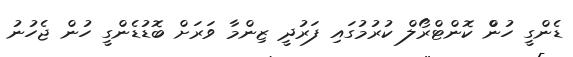
ޑެންގީ ހުންް ކޮންޓްރޯލް ކުރުމުގައި ފަރުދީ ޒިންމާ ވަރަށް ބޮޑުޑެންގީ ހުން ޖެހުނު